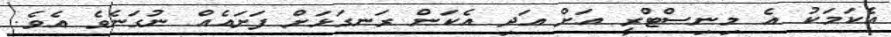
އެކަމަކު އެ މިނިސްޓްރީ އަށް އަދި އެކަން ރަނގަޅަށް ފަށައެއް ނުގަނެވެ އެވެ.